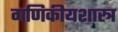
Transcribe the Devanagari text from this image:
गणिकीयशास्त्र